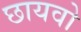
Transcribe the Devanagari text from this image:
छायवो